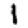
Digit: 1